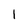
Character: 1